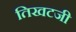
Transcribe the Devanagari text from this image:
तिखटजी